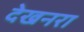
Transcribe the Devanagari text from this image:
देखनरा